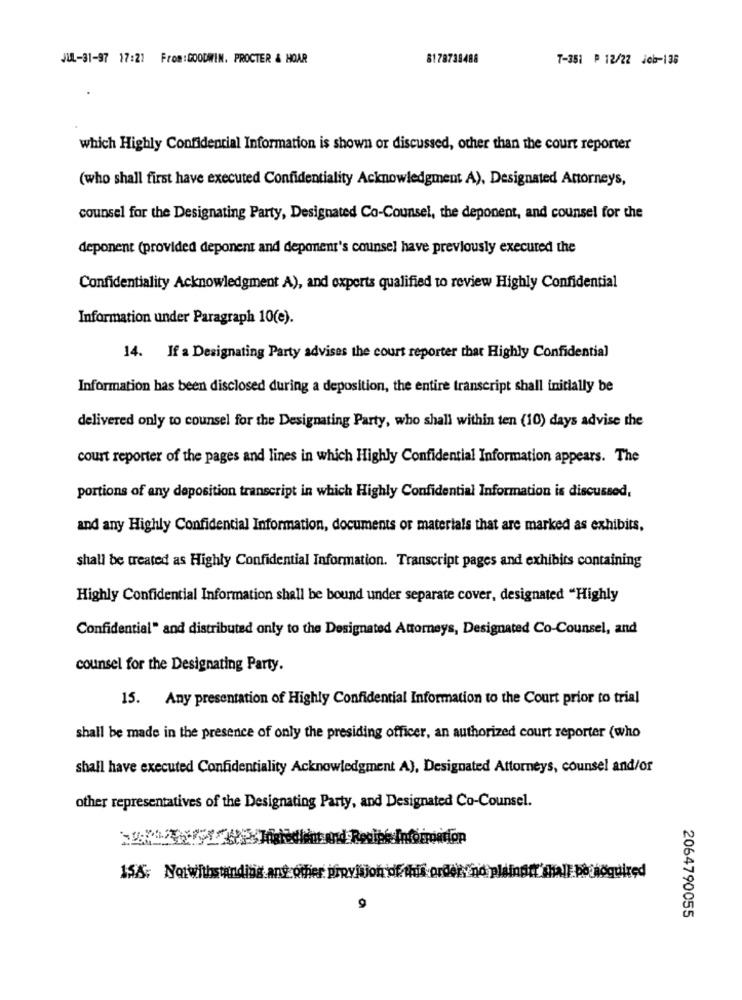
JUL-31-97 17:22 From:GOODWIN. PROCTER & HOAR
8178739488
7-351 P 12/22 Job-136
which Highly Confidential Information is shown or discussed, other than the court reporter
(who shall first have executed Confidentiality Acknowledgment A), Designated Attorneys,
counsel for the Designating Party, Designated Co-Counsel, the deponent, and counsel for the
deponent (provided deponent and deponent's counsel have previously executed the
Confidentiality Acknowledgment A), and experts qualified to review Highly Confidential
Information under Paragraph 10(e).
14. If a Designating Party advises the court reporter that Highly Confidential
Information has been disclosed during a deposition, the entire transcript shall initially be
delivered only to counsel for the Designating Party, who shall within ten (10) days advise the
court reporter of the pages and lines in which Highly Confidential Information appears. The
portions of any deposition transcript in which Highly Confidential Information is discussed,
and any Highly Confidential Information, documents or materials that are marked as exhibits,
shall be treated as Highly Confidential Information. Transcript pages and exhibits containing
Highly Confidential Information shall be bound under separate cover, designated "Highly
Confidential" and distributed only to the Designated Attorneys, Designated Co-Counsel, and
counsel for the Designating Party.
15. Any presentation of Highly Confidential Information to the Court prior to trial
shall be made in the presence of only the presiding officer, an authorized court reporter (who
shall have executed Confidentiality Acknowledgment A), Designated Attorneys, counsel and/or
other representatives of the Designating Party, and Designated Co-Counsel.
Information
prde
plainott shall be noquired
155; Notwithstanding.any other pipyisjon of
9
2064790055